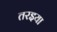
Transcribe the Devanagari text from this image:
तरइया